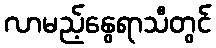
လာမည့်နွေရာသီတွင်